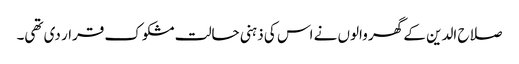
صلاح الدین کے گھر والوں نے اس کی ذہنی حالت مشکوک قرار دی تھی۔